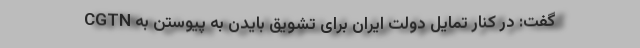
CGTN گفت: در کنار تمایل دولت ایران برای تشویق بایدن به پیوستن به